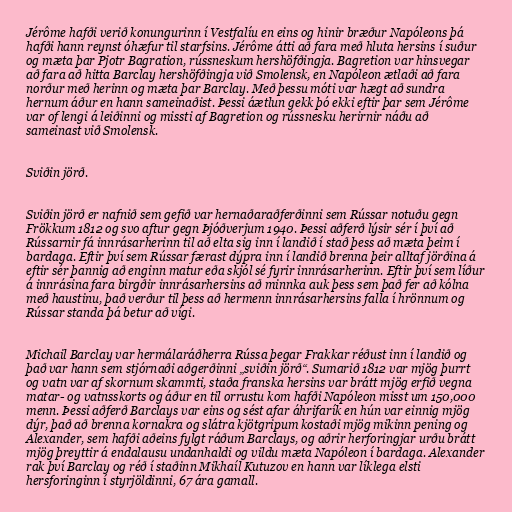
Jérôme hafði verið konungurinn í Vestfalíu en eins og hinir bræður Napóleons þá
hafði hann reynst óhæfur til starfsins. Jérôme átti að fara með hluta hersins í suður
og mæta þar Pjotr Bagration, rússneskum hershöfðingja. Bagretion var hinsvegar
að fara að hitta Barclay hershöfðingja við Smolensk, en Napóleon ætlaði að fara
norður með herinn og mæta þar Barclay. Með þessu móti var hægt að sundra
hernum áður en hann sameinaðist. Þessi áætlun gekk þó ekki eftir þar sem Jérôme
var of lengi á leiðinni og missti af Bagretion og rússnesku herirnir náðu að
sameinast við Smolensk.

Sviðin jörð.

Sviðin jörð er nafnið sem gefið var hernaðaraðferðinni sem Rússar notuðu gegn
Frökkum 1812 og svo aftur gegn Þjóðverjum 1940. Þessi aðferð lýsir sér í því að
Rússarnir fá innrásarherinn til að elta sig inn í landið í stað þess að mæta þeim í
bardaga. Eftir því sem Rússar færast dýpra inn í landið brenna þeir alltaf jörðina á
eftir sér þannig að enginn matur eða skjól sé fyrir innrásarherinn. Eftir því sem líður
á innrásina fara birgðir innrásarhersins að minnka auk þess sem það fer að kólna
með haustinu, það verður til þess að hermenn innrásarhersins falla í hrönnum og
Rússar standa þá betur að vígi.

Michail Barclay var hermálaráðherra Rússa þegar Frakkar réðust inn í landið og
það var hann sem stjórnaði aðgerðinni „sviðin jörð“. Sumarið 1812 var mjög þurrt
og vatn var af skornum skammti, staða franska hersins var brátt mjög erfið vegna
matar- og vatnsskorts og áður en til orrustu kom hafði Napóleon misst um 150,000
menn. Þessi aðferð Barclays var eins og sést afar áhrifarík en hún var einnig mjög
dýr, það að brenna kornakra og slátra kjötgripum kostaði mjög mikinn pening og
Alexander, sem hafði aðeins fylgt ráðum Barclays, og aðrir herforingjar urðu brátt
mjög þreyttir á endalausu undanhaldi og vildu mæta Napóleon í bardaga. Alexander
rak því Barclay og réð í staðinn Mikhaíl Kutuzov en hann var líklega elsti
hersforinginn í styrjöldinni, 67 ára gamall.